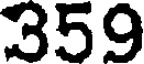
359